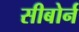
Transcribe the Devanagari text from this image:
सीबोर्न